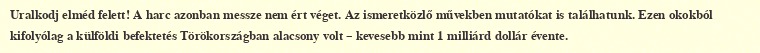
Uralkodj elméd felett! A harc azonban messze nem ért véget. Az ismeretközlő művekben mutatókat is találhatunk. Ezen okokból kifolyólag a külföldi befektetés Törökországban alacsony volt – kevesebb mint 1 milliárd dollár évente.